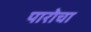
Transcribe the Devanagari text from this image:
पारोचा